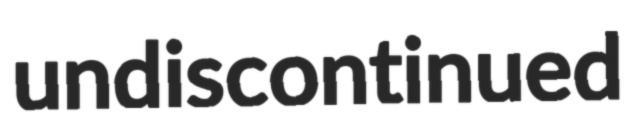
undiscontinued